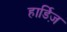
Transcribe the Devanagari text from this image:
हार्डिज़